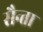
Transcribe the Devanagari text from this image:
सैन्ता